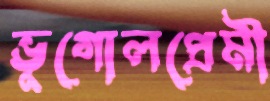
ভূগোলপ্রেমী